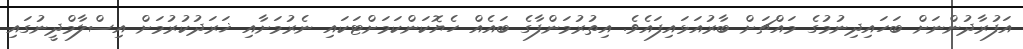
އަފުރާދުންނަށް ބަހައިދިނުމުގެ މައްޗަށް ބާރުއަޅައިފައެވެ. އިތުރުމަންފާގެ ބައެއް ހެޔޮކަންކަމަށްޓަކައި ނެރުމަށާއި ޚަރަދުކުރުމަށް އިސްލާމްދީނުގައި